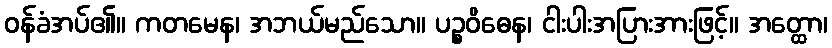
ဝန်ခံအပ်၏။ ကတမေန၊ အဘယ်မည်သော။ ပဉ္စဝိဓေန၊ ငါးပါးအပြားအားဖြင့်။ အတ္ထော၊